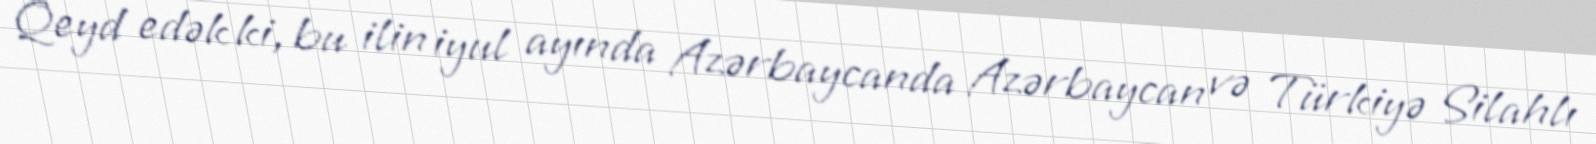
Qeyd edək ki, bu ilin iyul ayında Azərbaycanda Azərbaycan və Türkiyə Silahlı